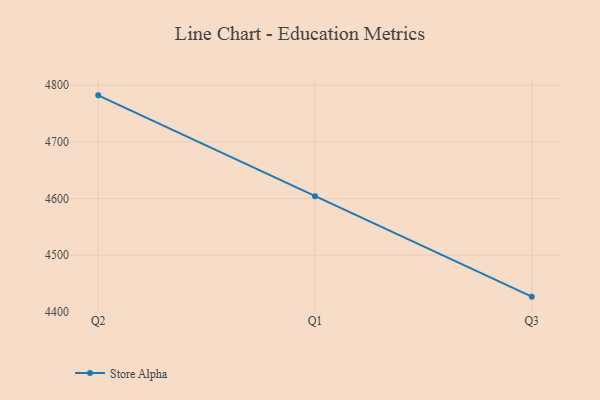
{"axis": {"x": "Quarter", "y": "Page Views"}, "legend": ["Store Alpha"], "data": [{"x": "Q2", "y": 4782.2, "type": "Store Alpha"}, {"x": "Q1", "y": 4604.0, "type": "Store Alpha"}, {"x": "Q3", "y": 4426.8, "type": "Store Alpha"}]}